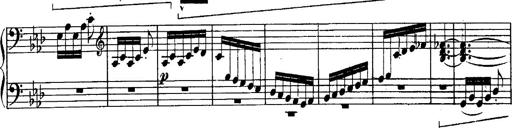
Title: Schubert's Impromptus [revised and edited by Franz Liszt]
Composer: Franz Liszt